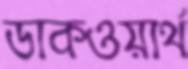
ডাকওয়ার্থ